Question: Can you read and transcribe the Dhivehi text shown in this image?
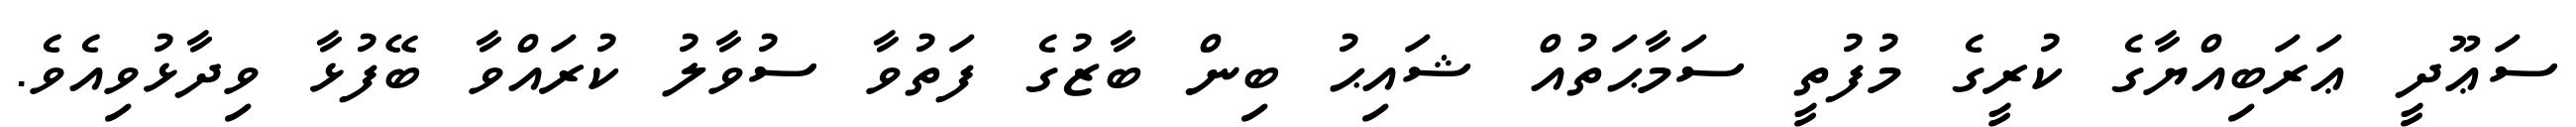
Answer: ސަޢޫދީ ޢަރަބިއްޔާގެ ކުރީގެ މުފުތީ ސަމާޙަތުއް ޝައިޙު ބިން ބާޒުގެ ފަތުވާ ސުވާލު ކުރައްވާ ބޭފުޅާ ވިދާޅުވިއެވެ.